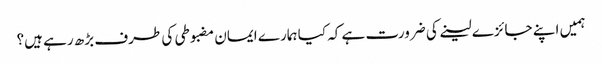
ہمیں اپنے جائزے لینے کی ضرورت ہے کہ کیا ہمارے ایمان مضبوطی کی طرف بڑھ رہے ہیں؟